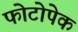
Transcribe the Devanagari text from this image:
फोटोपेक